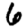
Digit: 6